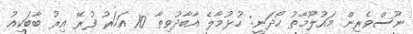
ނޫސްވެރިން މައުލޫމާތު ހޯދަނީ: ހުޅުމާލެ އާބާދުވިތާ 10 އަހަރު ފުރޭ އިރު ބާބަކިއު